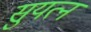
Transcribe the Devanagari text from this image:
सुयत्न